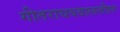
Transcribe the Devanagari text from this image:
गीतराघवबाललीलः